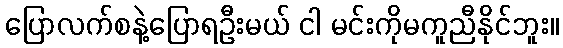
ပြောလက်စနဲ့ပြောရဦးမယ် ငါ မင်းကိုမကူညီနိုင်ဘူး။